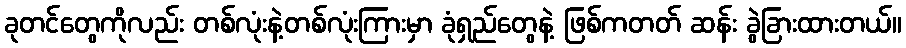
ခုတင်တွေကိုလည်း တစ်လုံးနဲ့တစ်လုံးကြားမှာ ခုံရှည်တွေနဲ့ ဖြစ်ကတတ် ဆန်း ခွဲခြားထားတယ်။